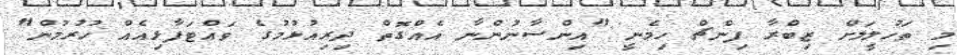
މި ތަހުލީލަށް ޒިބްރާ ފިންޗް ހިމެނީ "އިންސާނުންނާ އެއްގޮތް ދިރިއުޅުމުގެ ވައްޓަފާޅިއެއް ހުރުމުން"